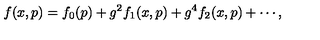
f ( x , p ) = f _ { 0 } ( p ) + g ^ { 2 } f _ { 1 } ( x , p ) + g ^ { 4 } f _ { 2 } ( x , p ) + \cdots ,